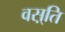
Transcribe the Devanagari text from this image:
वस़्ति